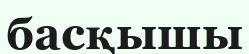
басқышы